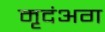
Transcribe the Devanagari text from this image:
मृदंअग